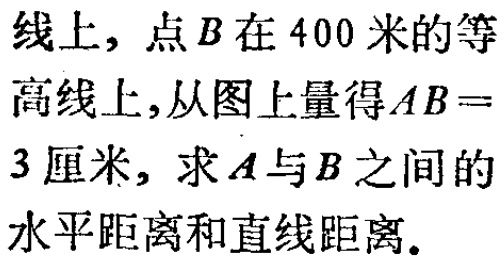
线上，点\(B\)在\(400\)米的等高线上,从图上量得\(AB = 3\)厘米，求\(A\)与\(B\)之间的水平距离和直线距离。